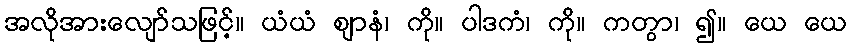
အလိုအားလျော်သဖြင့်။ ယံယံ ဈာနံ၊ ကို။ ပါဒကံ၊ ကို။ ကတွာ၊ ၍။ ယေ ယေ